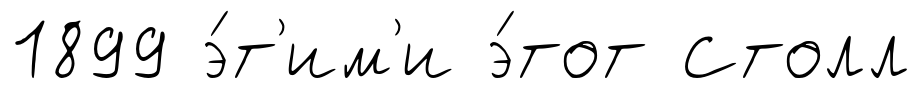
1899 э́т'им'и э́тот Столл